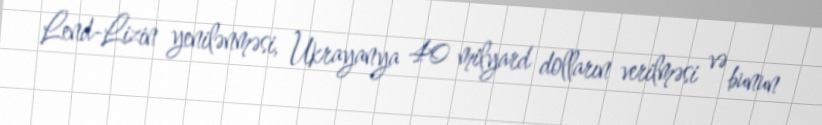
Lend-Lizin yenilənməsi, Ukrayanya 40 milyard dolların verilməsi və bunun